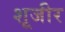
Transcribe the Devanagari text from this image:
शूजीर